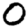
Digit: 0